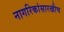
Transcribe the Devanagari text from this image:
नागरिकांसारखीच